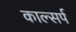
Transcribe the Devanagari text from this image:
काल्सर्प